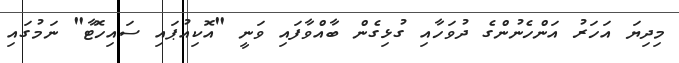
މިދިޔަ އަހަރު އަންހެނުންގެ ދުވަހާއި ގުޅިގެން ބާއްވާފައި ވަނީ "އޮކިއުޕައި ސައިހޮޓާ" ނަމުގައި